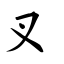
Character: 叉